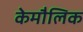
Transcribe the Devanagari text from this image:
केमौलिक